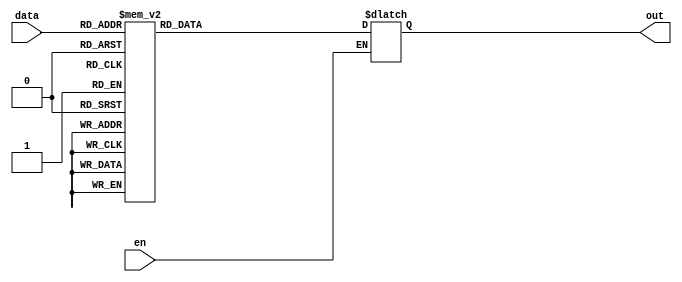
`timescale 1ns / 1ps

module decoder3to8b(
    input [2:0] data,
    input en,
    output reg [7:0] out
    );
	 
	 initial begin
		out = 0000000;
	 end
	 always @(data, en, out)
		begin
			if(en	 == 1)
				begin
					case(data)
						3'b000: out = 1;
						3'b001: out = 2;
						3'b010: out = 4;
						3'b011: out = 8;
						3'b100: out = 16;
						3'b101: out = 32;
						3'b110: out = 64;
						3'b111: out = 128;
					endcase
				end
		end

endmodule